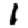
Digit: 1